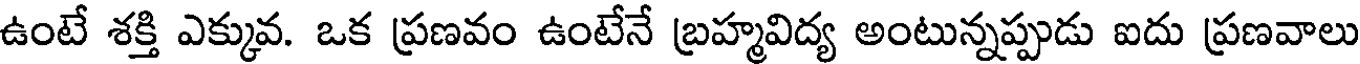
ఉంటే శక్తి ఎక్కువ. ఒక ప్రణవం ఉంటేనే బ్రహ్మవిద్య అంటున్నప్పుడు ఐదు ప్రణవాలు